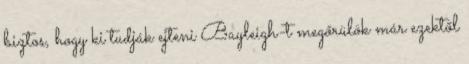
biztos, hogy ki tudják ejteni Bayleigh-t megőrülök már ezektől